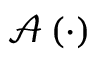
{ \mathcal { A } \left( \cdot \right) }